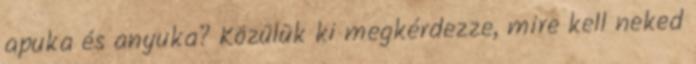
apuka és anyuka? Közülük ki megkérdezze, mire kell neked